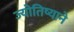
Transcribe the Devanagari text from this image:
ज्योतिष्याने